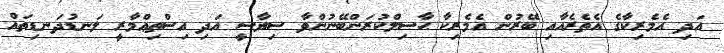
އަދި އެމެރިކާގެ އެތެރެއާއި ބޭރުން އެމެރިކާ ޙާސިލްކުރަންބޭނުންވާ ސިޔާސީ އަދި އިސްތިޢްމާރީ ލަނޑުދަނޑިތައް